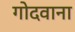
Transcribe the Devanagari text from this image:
गोदवाना